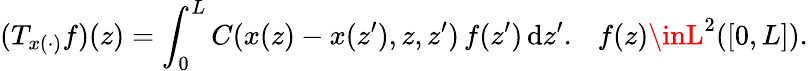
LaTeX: (T_{x(\cdot)}f)(z)=\int_{0}^{L}C(x(z)-x(z^{\prime}),z,z^{\prime})\, f(z^{\prime})\, \mathrm{d}z^{\prime}.\ \ \ f(z)\inL^{2}([0,L]).